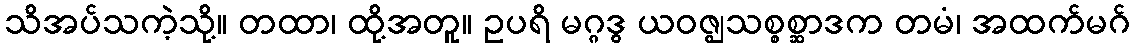
သိအပ်သကဲ့သို့။ တထာ၊ ထို့အတူ။ ဥပရိ မဂ္ဂဒွ ယဝဇ္ဈသစ္စစ္ဆာဒက တမံ၊ အထက်မဂ်